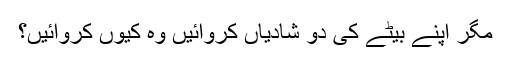
مگر اپنے بیٹے کی دو شادیاں کروائیں وہ کیوں کروائیں؟